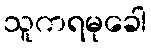
သူကရမုခေါ